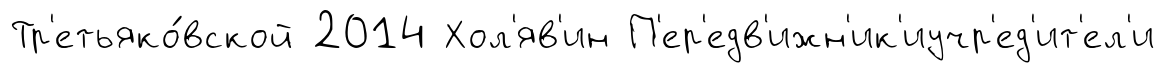
Тр'етьяко́вской 2014 Хол'яв'ин П'ер'едв'ижн'ик'иучр'ед'ит'ел'и